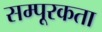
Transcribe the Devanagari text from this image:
सम्पूरकता